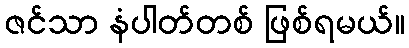
ဇင်သာ နံပါတ်တစ် ဖြစ်ရမယ်။